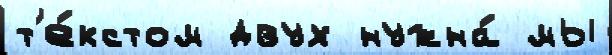
т'е́кстом двух нужна́ мы